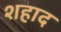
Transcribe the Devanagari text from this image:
शहाद